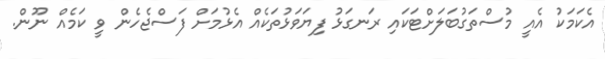
އެކަމަކު އެއީ މުސްތަގުބަލަށްޓަކައި ރަނގަޅު ފިޔަވަޅުތަކެއް އެޅުމަށް ފަސްޖެހެން ވީ ކަމެއް ނޫން.